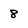
Character: 8